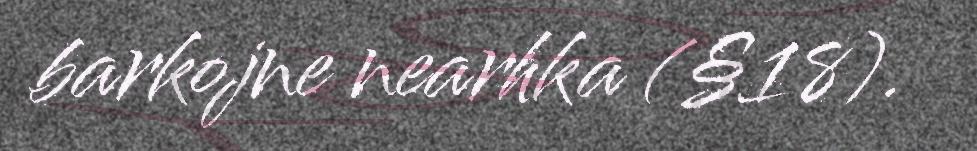
barkojne nearhka (§18).